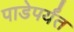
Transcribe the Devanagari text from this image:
पाडेपर्यंत